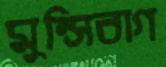
মুন্সিবাগ